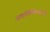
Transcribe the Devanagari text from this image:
अवलोकितेश्वराची